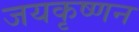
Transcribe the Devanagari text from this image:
जयकृष्णन